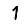
Digit: 1